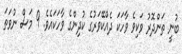
ބުނީ ތަންދޮރު ވަކިވެ ވާހަކަ ދެއްކޭވަރުގެ ކުދިންގެ ވާހަކައެވެ. 9 މަސް ނުވަތަ